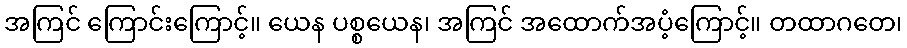
အကြင် ကြောင်းကြောင့်။ ယေန ပစ္စယေန၊ အကြင် အထောက်အပံ့ကြောင့်။ တထာဂတေ၊